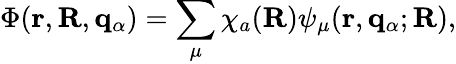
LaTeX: \Phi(\mathbf{r},\mathbf{R},{\mathbf q}_{\alpha})=\sum_{\mu}\chi_{a}(\mathbf{R})\psi_{\mu}(\mathbf{r},{\mathbf q}_{\alpha};\mathbf{R}),